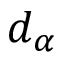
d _ { \alpha }